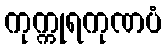
ကုက္ကုရကုဏပံ